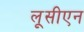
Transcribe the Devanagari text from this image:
लूसीएन